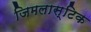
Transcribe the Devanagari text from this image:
जिमलास्टिक